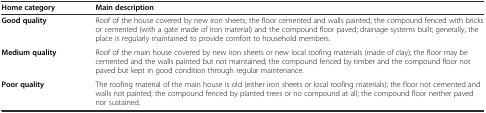
| Home category | Main description |
 | --- | --- |
 | Good quality | Roof of the house covered by new iron sheets; the floor cemented and walls painted; the compound fenced with bricks or cemented (with a gate made of iron material) and the compound floor paved; drainage systems built; generally, the place is regularly maintained to provide comfort to household members. |
 | Medium quality | Roof of the main house covered by new iron sheets or new local roofing materials (made of clay); the floor may be cemented and the walls painted but not maintained; the compound fenced by timber and the compound floor not paved but kept in good condition through regular maintenance. |
 | Poor quality | The roofing material of the main house is old (either iron sheets or local roofing materials); the floor not cemented and walls not painted; the compound fenced by planted trees or no compound at all; the compound floor neither paved nor sustained. |